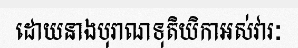
ដោយនាងបុរាណទុតិយិកាអស់វារៈ